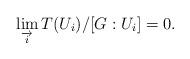
LaTeX: \begin{align*}\displaystyle\lim_{\overrightarrow{i}}{T(U_i)}/[G:U_i]=0.\end{align*}